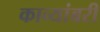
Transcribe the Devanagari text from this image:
काव्यांबरी